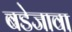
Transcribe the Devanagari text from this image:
बडेजावा